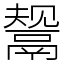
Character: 鬶